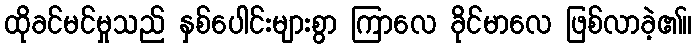
ထိုခင်မင်မှုသည် နှစ်ပေါင်းများစွာ ကြာလေ ခိုင်မာလေ ဖြစ်လာခဲ့၏။